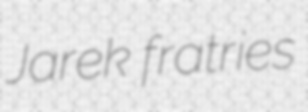
Jarek fratries